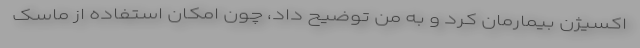
اکسیژن بیمارمان کرد و به من توضیح داد، چون امکان استفاده از ماسک